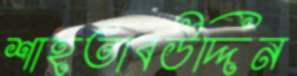
শাহতাবউদ্দিন